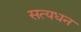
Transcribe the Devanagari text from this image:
सत्यधन